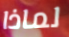
لماذا